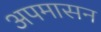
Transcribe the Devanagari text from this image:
अपमासन